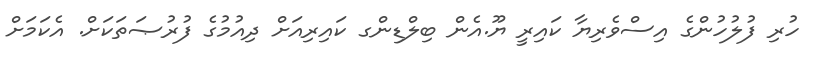
ހުރި ފުލުހުންގެ އިސްވެރިޔާ ކައިރީ ޔޫ.އެން ބިލްޑިންގ ކައިރިއަށް ދިއުމުގެ ފުރުޞަތަކަށް. އެކަމަށް